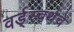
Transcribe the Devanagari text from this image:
वर्ड्‌स्वर्थचे